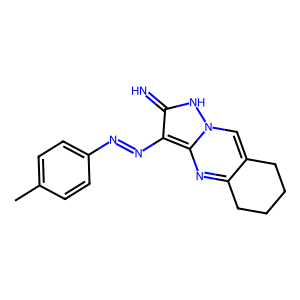
SMILES: Cc1ccc(N=Nc2c(=N)[nH]n3cc4c(nc23)CCCC4)cc1
Inhibits HIV replication: No